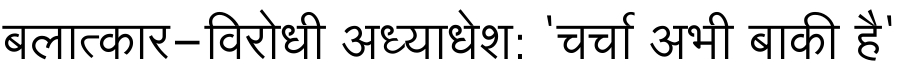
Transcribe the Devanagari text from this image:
बलात्कार-विरोधी अध्याधेश: 'चर्चा अभी बाकी है'